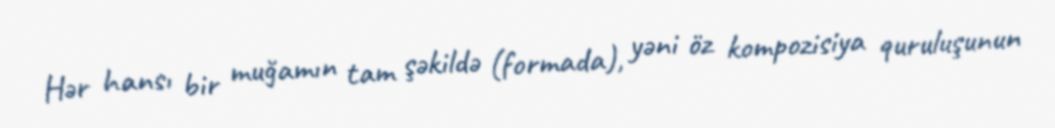
Hər hansı bir muğamın tam şəkildə (formada), yəni öz kompozisiya quruluşunun